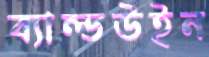
ব্যাল্ডউইন